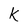
Character: k